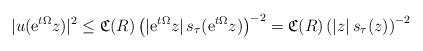
LaTeX: \begin{align*} |u(\hbox{e}^{t\Omega} z)| ^{2}\le \mathfrak C(R)\left(|\hbox{e}^{t\Omega} z|\,s_\tau(\hbox{e}^{t\Omega} z)\right)^{-2}=\mathfrak C(R)\left(| z|\,s_\tau( z)\right)^{-2} \end{align*}